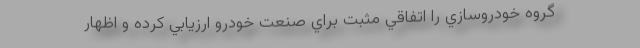
گروه خودروسازي را اتفاقي مثبت براي صنعت خودرو ارزيابي كرده و اظهار